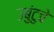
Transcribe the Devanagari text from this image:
उबुंटुचे